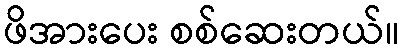
ဖိအားပေး စစ်ဆေးတယ်။